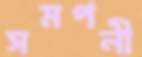
সমপনী